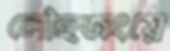
লৌহজংয়ে